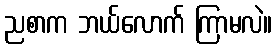
ညစာက ဘယ်လောက် ကြာမလဲ။